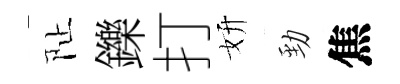
阯鑠打妍勁焦